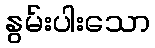
နွမ်းပါးသော